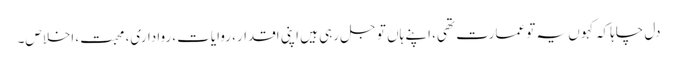
دل چاہا کہ کہو ں یہ تو عمارت تھی، اپنے ہاں تو جل رہی ہیں اپنی اقدار، روایات، رواداری، محبت، اخلاص۔